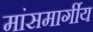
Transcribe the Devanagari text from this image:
मांसमार्गीय